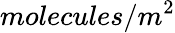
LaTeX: molecules/m^{2}